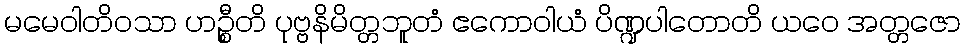
မမေဝါတိဝသာ ဟဉ္စီတိ ပုဗ္ဗနိမိတ္တဘူတံ ဧကောဝါယံ ပိဏ္ဍပါတောတိ ယဝေ အတ္တဇော